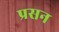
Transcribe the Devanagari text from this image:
प्रसन